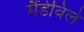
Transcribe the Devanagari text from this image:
मैंडेविले